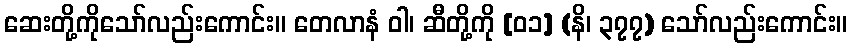
ဆေးတို့ကိုသော်လည်းကောင်း။ တေလာနံ ဝါ၊ ဆီတို့ကို [၀၁] (နိ၊ ၃၇၇) သော်လည်းကောင်း။